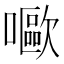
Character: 𡂿